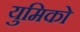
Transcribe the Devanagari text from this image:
युमिको